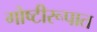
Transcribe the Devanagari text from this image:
गोष्टीरूपात